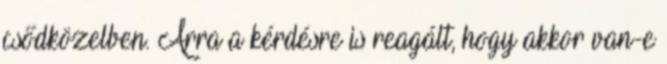
csődközelben. Arra a kérdésre is reagált, hogy akkor van-e